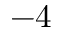
- 4